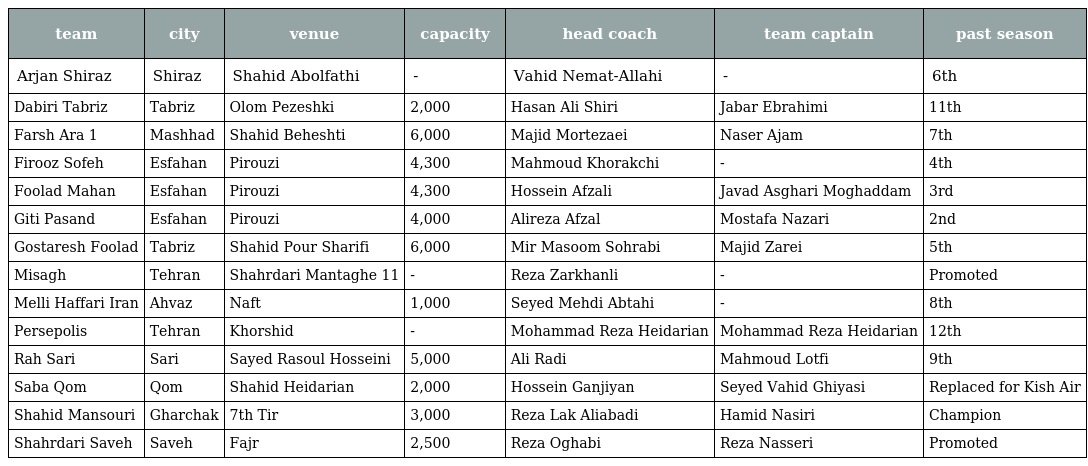
| team | city | venue | capacity | head coach | team captain | past season |
 | --- | --- | --- | --- | --- | --- | --- |
 | Arjan Shiraz | Shiraz | Shahid Abolfathi | - | Vahid Nemat-Allahi | - | 6th |
 | Dabiri Tabriz | Tabriz | Olom Pezeshki | 2,000 | Hasan Ali Shiri | Jabar Ebrahimi | 11th |
 | Farsh Ara 1 | Mashhad | Shahid Beheshti | 6,000 | Majid Mortezaei | Naser Ajam | 7th |
 | Firooz Sofeh | Esfahan | Pirouzi | 4,300 | Mahmoud Khorakchi | - | 4th |
 | Foolad Mahan | Esfahan | Pirouzi | 4,300 | Hossein Afzali | Javad Asghari Moghaddam | 3rd |
 | Giti Pasand | Esfahan | Pirouzi | 4,000 | Alireza Afzal | Mostafa Nazari | 2nd |
 | Gostaresh Foolad | Tabriz | Shahid Pour Sharifi | 6,000 | Mir Masoom Sohrabi | Majid Zarei | 5th |
 | Misagh | Tehran | Shahrdari Mantaghe 11 | - | Reza Zarkhanli | - | Promoted |
 | Melli Haffari Iran | Ahvaz | Naft | 1,000 | Seyed Mehdi Abtahi | - | 8th |
 | Persepolis | Tehran | Khorshid | - | Mohammad Reza Heidarian | Mohammad Reza Heidarian | 12th |
 | Rah Sari | Sari | Sayed Rasoul Hosseini | 5,000 | Ali Radi | Mahmoud Lotfi | 9th |
 | Saba Qom | Qom | Shahid Heidarian | 2,000 | Hossein Ganjiyan | Seyed Vahid Ghiyasi | Replaced for Kish Air |
 | Shahid Mansouri | Gharchak | 7th Tir | 3,000 | Reza Lak Aliabadi | Hamid Nasiri | Champion |
 | Shahrdari Saveh | Saveh | Fajr | 2,500 | Reza Oghabi | Reza Nasseri | Promoted |